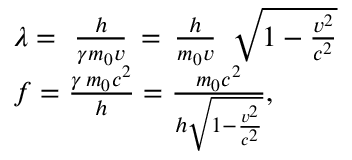
{ \begin{array} { r l } & { \lambda = \, \, { \frac { h } { \gamma m _ { 0 } v } } \, = \, { \frac { h } { m _ { 0 } v } } \, \, \, { \sqrt { 1 - { \frac { v ^ { 2 } } { c ^ { 2 } } } } } } \\ & { f = { \frac { \gamma \, m _ { 0 } c ^ { 2 } } { h } } = { \frac { m _ { 0 } c ^ { 2 } } { h { \sqrt { 1 - { \frac { v ^ { 2 } } { c ^ { 2 } } } } } } } , } \end{array} }